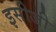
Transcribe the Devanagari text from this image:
इसीजी